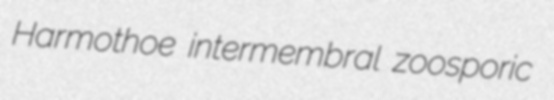
Harmothoe intermembral zoosporic